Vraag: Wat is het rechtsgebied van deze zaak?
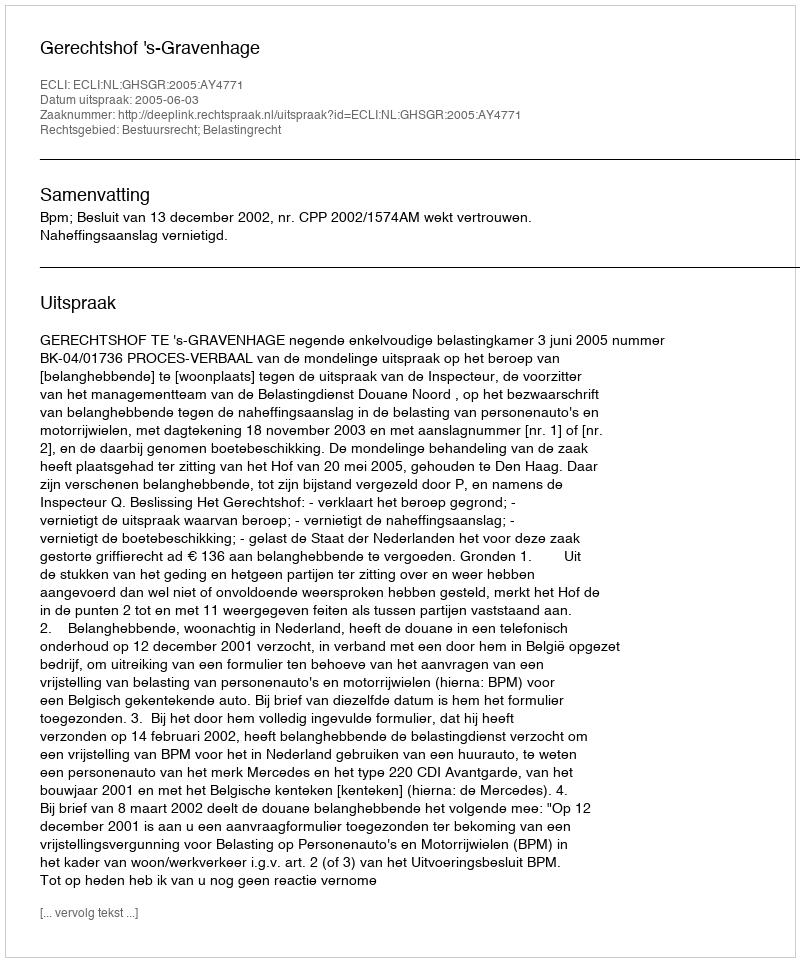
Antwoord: Bestuursrecht; Belastingrecht